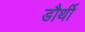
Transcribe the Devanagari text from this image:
डौर्थी